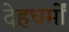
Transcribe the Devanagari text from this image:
देहधर्मों